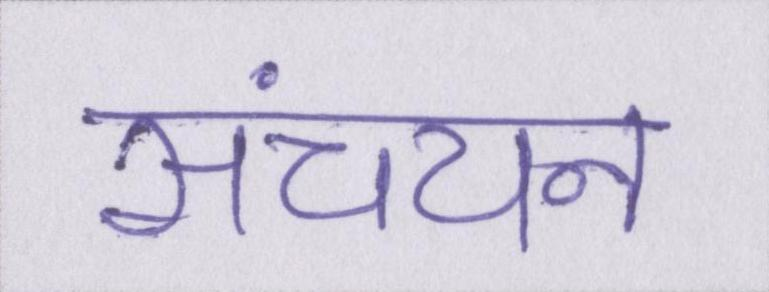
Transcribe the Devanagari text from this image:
संचयन